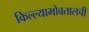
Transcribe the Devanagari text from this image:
किल्ल्याभोवतालची